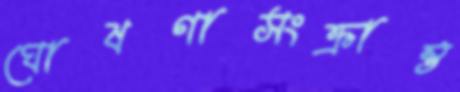
ঘোষণাসংক্রান্ত